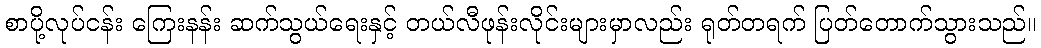
စာပို့လုပ်ငန်း ကြေးနန်း ဆက်သွယ်ရေးနှင့် တယ်လီဖုန်းလိုင်းများမှာလည်း ရုတ်တရက် ပြတ်တောက်သွားသည်။